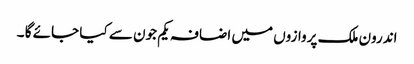
اندرون ملک پروازوں میں اضافہ یکم جون سے کیا جائے گا ۔